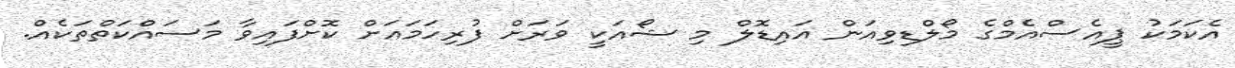
އެކަމަކު ޕީއެސްއެމްގެ މޯލްޑިވިއަން އައިޑޮލް މި ޝޯއަކީ ވަރަށް ފުރިހަމައަށް ކޮށްފައިވާ މަސައްކަތްތަކެއް.